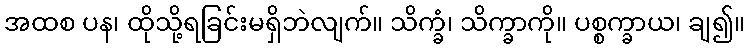
အထစ ပန၊ ထိုသို့ရခြင်းမရှိဘဲလျက်။ သိက္ခံ၊ သိက္ခာကို။ ပစ္စက္ခာယ၊ ချ၍။